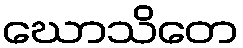
ဃောသိတေ